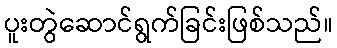
ပူးတွဲဆောင်ရွက်ခြင်းဖြစ်သည်။